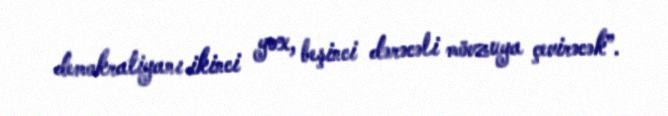
demokratiyanı ikinci yox, beşinci dərəcəli mövzuya çevirəcək”.